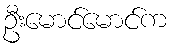
ဦးမောင်မောင်က